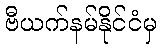
ဗီယက်နမ်နိုင်ငံမှ